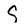
Character: S